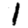
Digit: 1